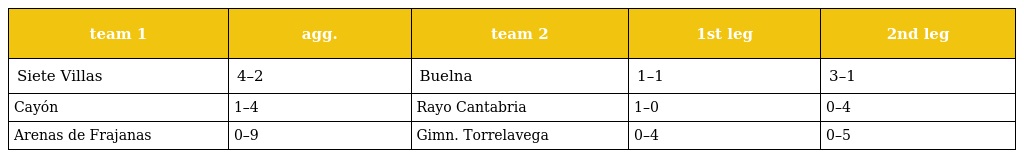
| team 1 | agg. | team 2 | 1st leg | 2nd leg |
 | --- | --- | --- | --- | --- |
 | Siete Villas | 4–2 | Buelna | 1–1 | 3–1 |
 | Cayón | 1–4 | Rayo Cantabria | 1–0 | 0–4 |
 | Arenas de Frajanas | 0–9 | Gimn. Torrelavega | 0–4 | 0–5 |